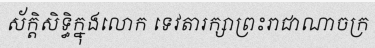
ស័ក្តិសិទ្ធិក្នុងលោក ទេវតារក្សាព្រះរាជាណាចក្រ